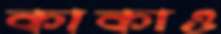
কাকাও